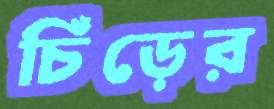
চিঁঁড়ের